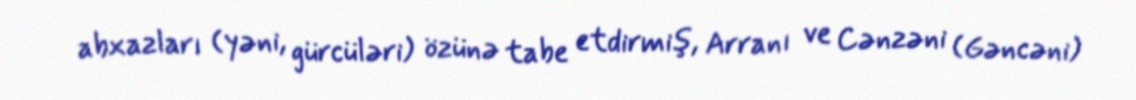
abxazları (yəni, gürcüləri) özünə tabe etdirmiş, Arranı ve Cənzəni (Gəncəni)